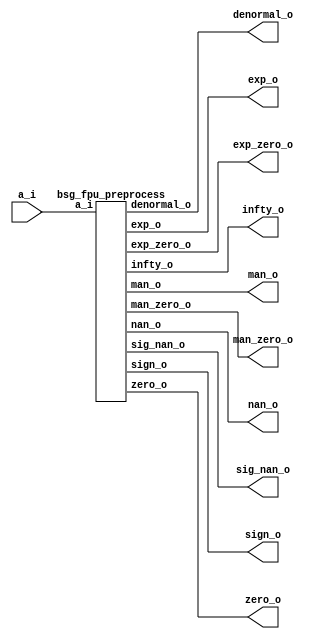


module top
(
  a_i,
  zero_o,
  nan_o,
  sig_nan_o,
  infty_o,
  exp_zero_o,
  man_zero_o,
  denormal_o,
  sign_o,
  exp_o,
  man_o
);

  input [15:0] a_i;
  output [4:0] exp_o;
  output [9:0] man_o;
  output zero_o;
  output nan_o;
  output sig_nan_o;
  output infty_o;
  output exp_zero_o;
  output man_zero_o;
  output denormal_o;
  output sign_o;

  bsg_fpu_preprocess
  wrapper
  (
    .a_i(a_i),
    .exp_o(exp_o),
    .man_o(man_o),
    .zero_o(zero_o),
    .nan_o(nan_o),
    .sig_nan_o(sig_nan_o),
    .infty_o(infty_o),
    .exp_zero_o(exp_zero_o),
    .man_zero_o(man_zero_o),
    .denormal_o(denormal_o),
    .sign_o(sign_o)
  );


endmodule



module bsg_fpu_preprocess
(
  a_i,
  zero_o,
  nan_o,
  sig_nan_o,
  infty_o,
  exp_zero_o,
  man_zero_o,
  denormal_o,
  sign_o,
  exp_o,
  man_o
);

  input [15:0] a_i;
  output [4:0] exp_o;
  output [9:0] man_o;
  output zero_o;
  output nan_o;
  output sig_nan_o;
  output infty_o;
  output exp_zero_o;
  output man_zero_o;
  output denormal_o;
  output sign_o;
  wire [4:0] exp_o;
  wire [9:0] man_o;
  wire zero_o,nan_o,sig_nan_o,infty_o,exp_zero_o,man_zero_o,denormal_o,sign_o,a_i_15_,
  N0,N1,N2,N3,N5,N6,N7,N8,N9,N10,N11,N12,N13,N14,N15,N16,N17,N19;
  assign a_i_15_ = a_i[15];
  assign sign_o = a_i_15_;
  assign exp_o[4] = a_i[14];
  assign exp_o[3] = a_i[13];
  assign exp_o[2] = a_i[12];
  assign exp_o[1] = a_i[11];
  assign exp_o[0] = a_i[10];
  assign man_o[9] = a_i[9];
  assign man_o[8] = a_i[8];
  assign man_o[7] = a_i[7];
  assign man_o[6] = a_i[6];
  assign man_o[5] = a_i[5];
  assign man_o[4] = a_i[4];
  assign man_o[3] = a_i[3];
  assign man_o[2] = a_i[2];
  assign man_o[1] = a_i[1];
  assign man_o[0] = a_i[0];
  assign N0 = exp_o[3] | exp_o[4];
  assign N1 = exp_o[2] | N0;
  assign N2 = exp_o[1] | N1;
  assign N3 = exp_o[0] | N2;
  assign exp_zero_o = ~N3;
  assign N5 = exp_o[3] & exp_o[4];
  assign N6 = exp_o[2] & N5;
  assign N7 = exp_o[1] & N6;
  assign N8 = exp_o[0] & N7;
  assign N9 = man_o[8] | man_o[9];
  assign N10 = man_o[7] | N9;
  assign N11 = man_o[6] | N10;
  assign N12 = man_o[5] | N11;
  assign N13 = man_o[4] | N12;
  assign N14 = man_o[3] | N13;
  assign N15 = man_o[2] | N14;
  assign N16 = man_o[1] | N15;
  assign N17 = man_o[0] | N16;
  assign man_zero_o = ~N17;
  assign zero_o = exp_zero_o & man_zero_o;
  assign nan_o = N8 & N17;
  assign sig_nan_o = nan_o & N19;
  assign N19 = ~man_o[9];
  assign infty_o = N8 & man_zero_o;
  assign denormal_o = exp_zero_o & N17;

endmodule